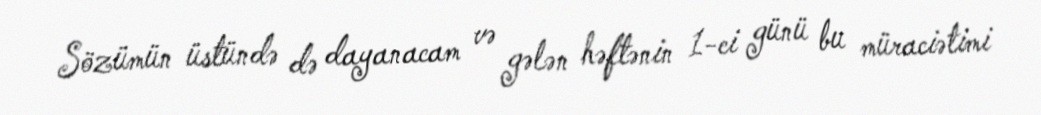
Sözümün üstündə də dayanacam və gələn həftənin 1-ci günü bu müraciətimi